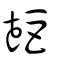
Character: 壾